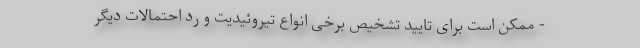
- ممکن است برای تایید تشخیص برخی انواع تیروئیدیت و رد احتمالات دیگر